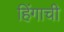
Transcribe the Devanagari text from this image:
हिंगाची